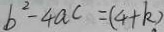
b ^ { 2 } - 4 a c = ( 4 + k )